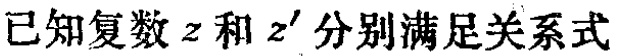
已知复数\(z\)和\(z'\)分别满足关系式